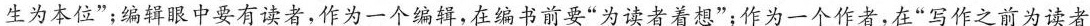
生为本位”；编辑眼中要有读者，作为一个编辑，在编书前要”为读者